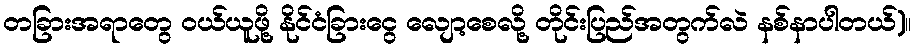
တခြားအရာတွေ ဝယ်ယူဖို့ နိုင်ငံခြားငွေ လျော့စေလို့ တိုင်းပြည်အတွက်လဲ နစ်နာပါတယ်)။